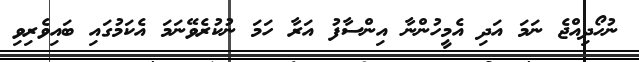
ނުހޯދިއްޖެ ނަމަ އަދި އެމީހުންނާ އިންސާފު އަރާ ހަމަ ނުކުރެވޭނަމަ އެކަމުގައި ބައިވެރިވި